Vaccination in Burma 1920-1933 - 1920-1933
Year: 1920
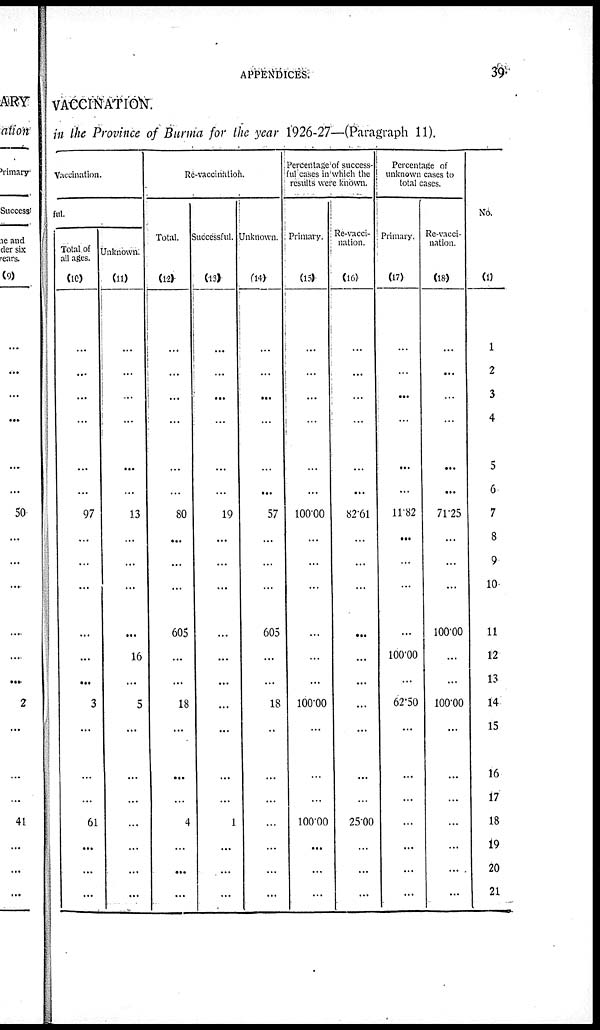
APPENDICES.
39
VACCINATION.
in the Province of Burma for the year 1926-27—(Paragraph 11).
Vaccination.
ful.
Total of
all ages.
(10)
...
...
...
...
...
...
97
...
...
...
...
...
...
3
...
...
...
61
...
...
...
Unknown.
(11)
...
...
...
...
...
...
13
...
...
...
...
16
...
5
...
...
...
...
...
...
...
Re-vaccinatios.
Total.
(12)
...
...
...
...
...
...
80
...
...
...
605
...
...
18
...
...
...
4
...
...
...
Successful.
(13)
...
...
...
...
...
...
19
...
...
...
...
...
...
...
...
...
...
1
...
...
...
Unknown
(14)
...
...
...
...
...
...
57
...
...
...
605
...
...
18
...
...
...
...
...
...
...
Percentage of success-
ful cases in which the
results were known.
Primary.
(15)
...
...
...
...
...
...
100.00
...
...
...
...
...
...
100.00
...
...
...
100.00
...
...
...
Re-vacci-
nation.
(16)
...
...
...
...
...
...
82.61
...
...
...
...
...
...
...
...
...
...
25.00
...
...
...
Percentage of
unknown cases to
total cases.
Primary.
(17)
...
...
...
...
...
...
11.82
...
...
...
...
100.00
...
62.50
...
...
...
...
...
...
...
Re-vacci-
nation.
(18)
...
...
...
...
...
...
71.25
...
...
...
100.00
...
...
100.00
...
...
...
...
...
...
...
No.
(1)
1
2
3
4
5
6
7
8
9
10
11
12
13
14
15
16
17
18
19
20
21